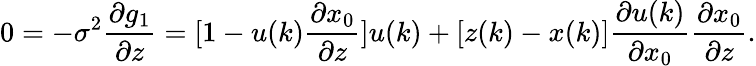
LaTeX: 0=-\sigma^{2}\frac{\partial g_{1}}{\partial z}=[1-u(k)\frac{\partial x_{0}}{\partial z}]u(k)+[z(k)-x(k)]\frac{\partial u(k)}{\partial x_{0}}\frac{\partial x_{0}}{\partial z}.